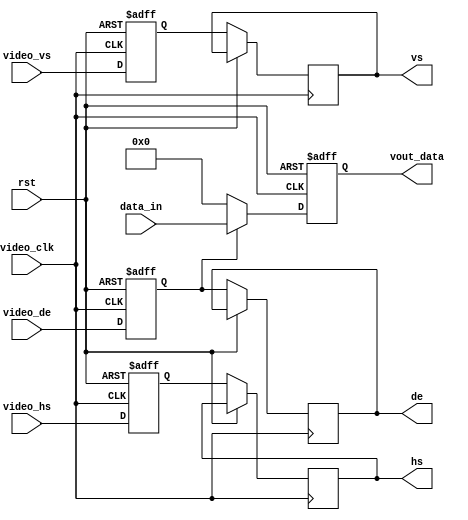
module video_display(
	input                       video_clk,        
	input                       rst,
	input[23:0]        data_in,        
	output                      hs,               
	output                      vs,               
	output                      de,               
input                   video_hs,
input                   video_vs,
input                   video_de,
	output[23:0]       vout_data          
);


reg                    video_hs_d0;
reg                    video_vs_d0;
reg                    video_de_d0;
reg                    video_hs_d1;
reg                    video_vs_d1;
reg                    video_de_d1;

reg[23:0]  vout_data_r;


assign hs = video_hs_d1;
assign vs = video_vs_d1;
assign de = video_de_d1;
assign vout_data = vout_data_r;
always@(posedge video_clk or posedge rst)
begin
	if(rst == 1'b1)
	begin
		video_hs_d0 <= 1'b0;
		video_vs_d0 <= 1'b0;
		video_de_d0 <= 1'b0;
	end
	else
	begin
		video_hs_d0 <= video_hs;
		video_vs_d0 <= video_vs;
		video_de_d0 <= video_de;
		video_hs_d1 <= video_hs_d0;
		video_vs_d1 <= video_vs_d0;
		video_de_d1 <= video_de_d0;		
	end
end

always@(posedge video_clk or posedge rst)
begin
	if(rst == 1'b1)
		vout_data_r <= {23{1'b0}};
	else if(video_de_d0)
		vout_data_r <= data_in;
	else
		vout_data_r <= {23{1'b0}};
end


endmodule